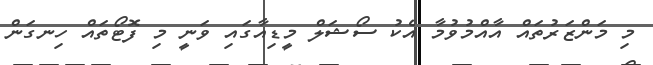
މި މަންޒަރުތައް އާއްމުވުމާ އެކު ސޯޝަލް މީޑިއާގައި ވަނީ މި ފޮޓޯތައް ހިނގަން